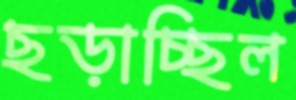
ছড়াচ্ছিল